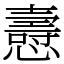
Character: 㦞